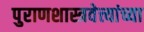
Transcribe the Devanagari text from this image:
पुराणशास्त्रवेत्त्यांच्या